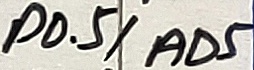
Text: P0.5/AD5